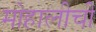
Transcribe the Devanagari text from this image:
मोहालीची